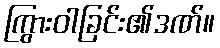
ကြွားဝါခြင်း၏ဒဏ်။